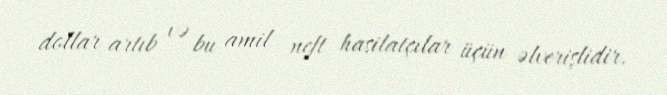
dollar artıb və bu amil neft hasilatçılar üçün əlverişlidir.